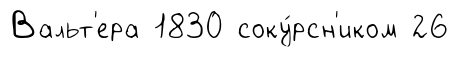
Вальт'ера 1830 соку́рсн'иком 26